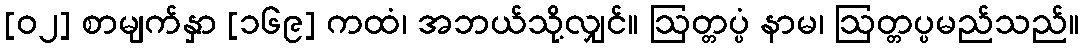
[၀၂] စာမျက်နှာ [၁၆၉] ကထံ၊ အဘယ်သို့လျှင်။ ဩတ္တပ္ပံ နာမ၊ ဩတ္တပ္ပမည်သည်။